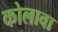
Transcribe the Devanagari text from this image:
कोलावा